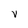
Character: V